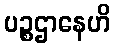
ပဉ္စဌာနေဟိ